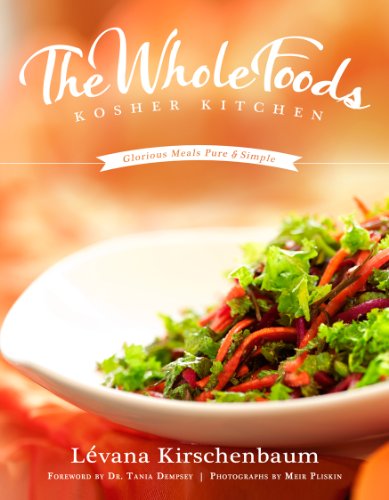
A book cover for The Whole Foods Kosher Kitchen; Levana Kirschenbaum; Cookbooks, Food & Wine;